Mental hospitals Bombay report 1929-33 - 1929-1933
Year: 1929
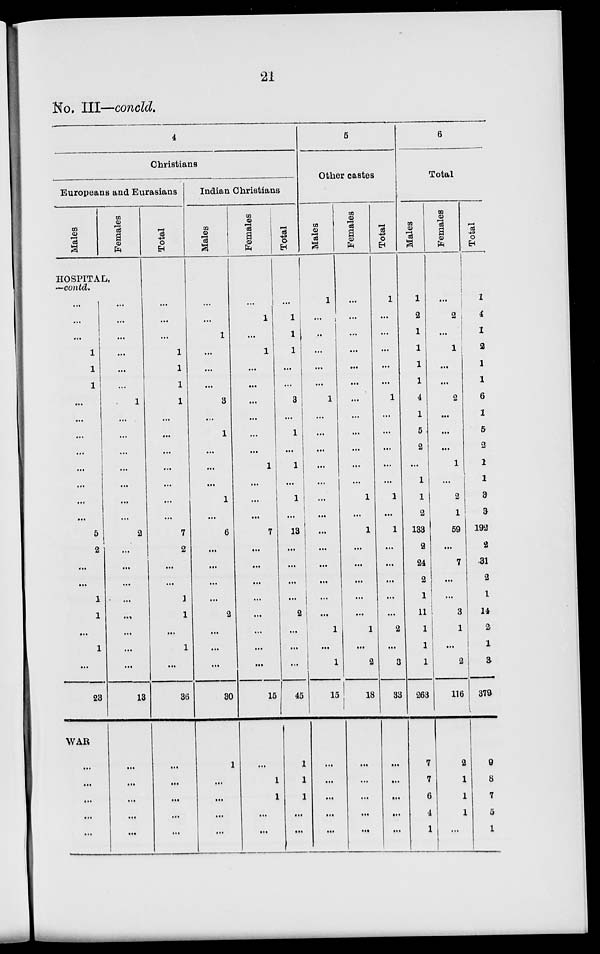
21
No. III—concld.
4
Christians
Europeans and Eurasians
Males
Females
HOSPITAL,
—contd.
...
...
...
1
1
1
...
...
...
...
...
...
...
...
5
2
...
...
1
1
...
1
...
23
WAR
...
...
...
...
...
...
...
...
...
...
...
1
...
...
...
...
...
...
...
2
...
...
...
...
...
...
...
...
13
...
...
...
...
...
Total
...
...
...
1
1
1
1
...
...
...
...
...
...
...
7
2
...
...
1
1
...
1
...
36
...
...
...
...
...
Indian Christians
Males
...
...
1
...
...
...
3
...
1
...
...
...
1
...
6
...
...
...
...
2
...
...
...
30
1
...
...
...
...
Females
...
1
...
1
...
...
...
...
...
...
1
...
...
...
7
...
...
...
...
...
...
...
...
15
...
1
1
...
...
Total
...
1
1
1
...
...
3
...
1
...
1
...
1
...
13
...
...
...
...
2
...
...
...
45
1
1
1
...
...
5
Other castes
Males
1
...
...
...
...
...
1
...
...
...
...
...
...
...
...
...
...
...
...
...
1
...
1
15
...
...
...
...
...
Females
...
...
...
...
...
...
...
...
...
...
...
...
1
...
1
...
...
...
...
...
1
...
2
18
...
...
...
...
...
Total
1
...
...
...
...
...
1
...
...
...
...
...
1
...
1
...
...
...
...
...
2
...
3
33
...
...
...
...
...
6
Total
Males
1
2
1
1
1
1
4
1
5
2
...
1
1
2
133
2
24
2
1
11
1
1
1
263
7
7
6
4
1
Females
...
2
...
1
...
...
2
...
...
...
1
...
2
1
59
...
7
...
...
3
1
...
2
116
2
1
1
1
...
Total
1
4
1
2
1
1
6
1
5
2
1
1
3
3
192
2
31
2
1
14
2
1
3
379
9
8
7
5
1